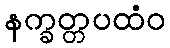
နက္ခတ္တပထံဝ